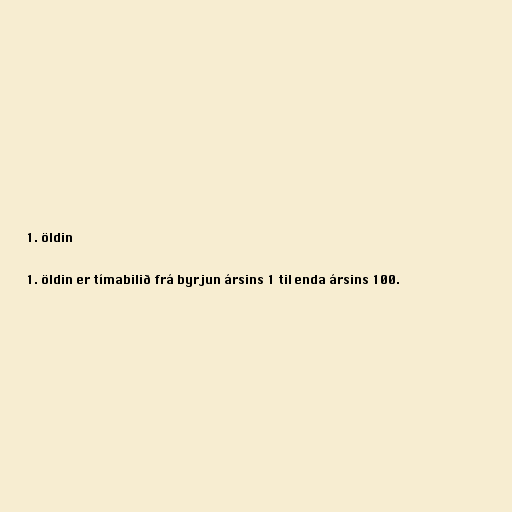
1. öldin

1. öldin er tímabilið frá byrjun ársins 1 til enda ársins 100.